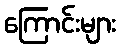
ကြောင်းများ